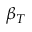
\beta _ { T }